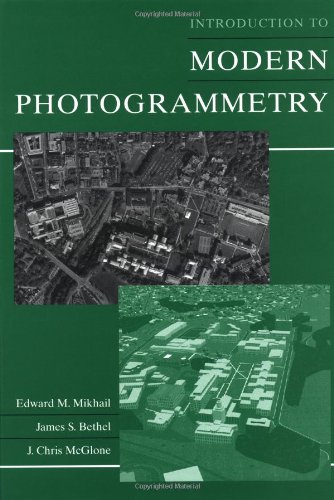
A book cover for Introduction to Modern Photogrammetry; Edward M. Mikhail; Science & Math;